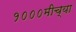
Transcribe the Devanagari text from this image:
१०००मीच्या